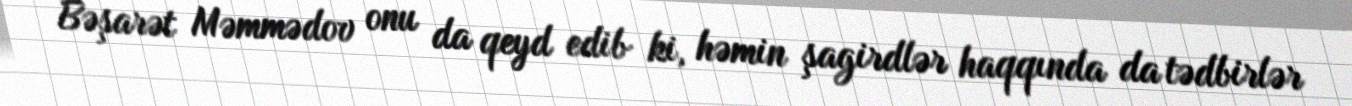
Bəşarət Məmmədov onu da qeyd edib ki, həmin şagirdlər haqqında da tədbirlər